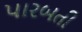
પારબતી